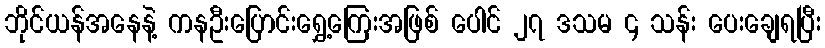
ဘိုင်ယန်အနေနဲ့ ကနဦးပြောင်းရွှေ့ကြေးအဖြစ် ပေါင် ၂၇ ဒသမ ၄ သန်း ပေးချေရပြီး